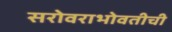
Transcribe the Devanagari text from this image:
सरोवराभोवतीची